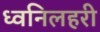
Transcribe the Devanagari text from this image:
ध्वनिलहरी